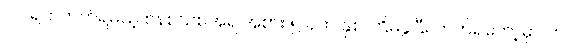
၁၀ ရက်တက်ရမယ့် စနစ်သစ်အရ အစား ၅ ရက် နှစ် ကြိမ်ခွဲပြီး တက်ရတော့မှာပါ။